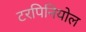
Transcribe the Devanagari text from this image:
टरपिनियोल